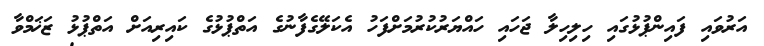
އަރުވައި ފައިންޕުޅުގައި ހިލިހިލާ ޖަހައި ހައްޔަރުކުރުމަށްފަހު އެކަލޭގެފާނުގެ އަތްޕުޅުގެ ކައިރިއަށް އަތްޕުޅު ޒަޚަމްވާ